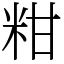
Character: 粓